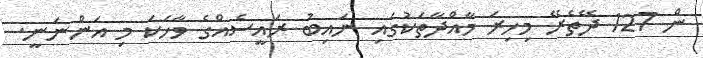
ން 127 ދޭތެރޭ މިހިރަ މާއްދާތަކުގައި ނައިބު ރައީސެއްގެ ވާހަކަ މި އަންނަނީ.